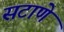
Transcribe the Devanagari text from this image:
सटाणे